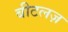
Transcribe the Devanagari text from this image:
बीटलज़